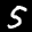
Label: 5